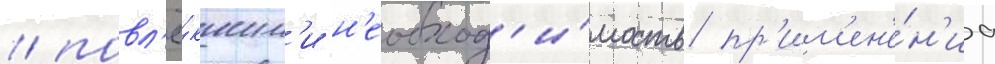
/ повл'ё́кшим'и н'еобход'и́мость пр'им'ен'е́н'иа